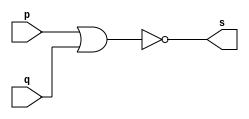
// ------------------------- 
// Exemplo0007 - NOR 
// Nome: Guilherme Andrade Salum Terra 
// ------------------------- 

// ------------------------- 
// -- nor gate 
// ------------------------- 
	module norgate ( output s, input p, q); 
	assign s = ~(p | q); 
	endmodule // norgate 
	
// --------------------- 
// -- test nor gate 
// --------------------- 
	module testnorgate; 
// ------------------------- dados locais 
	reg a, b; // definir registradores 
	wire s; // definir conexao (fio) 
// ------------------------- instancia 
	norgate NOR1 (s, a, b); 
// ------------------------- preparacao 
	initial begin:start 
		a=0; b=0; 
	end 
// ------------------------- parte principal 
	initial begin 
		$display("Exemplo0007 - Guilherme Terra - 427407"); 
		$display("Test NOR gate"); 
		$display("\na ~| b = s\n"); 
		a=0; b=0; 
	#1 $display("%b ~| %b = %b", a, b, s); 
		a=0; b=1; 
	#1 $display("%b ~| %b = %b", a, b, s); 
		a=1; b=0; 
	#1 $display("%b ~| %b = %b", a, b, s); 
		a=1; b=1; 
	#1 $display("%b ~| %b = %b", a, b, s); 
	end 

endmodule // testnorgate 

// ------------------------- testes

/*
 Test NOR gate
 
 a ~| b = s
 
 0 ~| 0 = 1
 0 ~| 1 = 0
 1 ~| 0 = 0
 1 ~| 1 = 0
*/